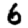
Digit: 6